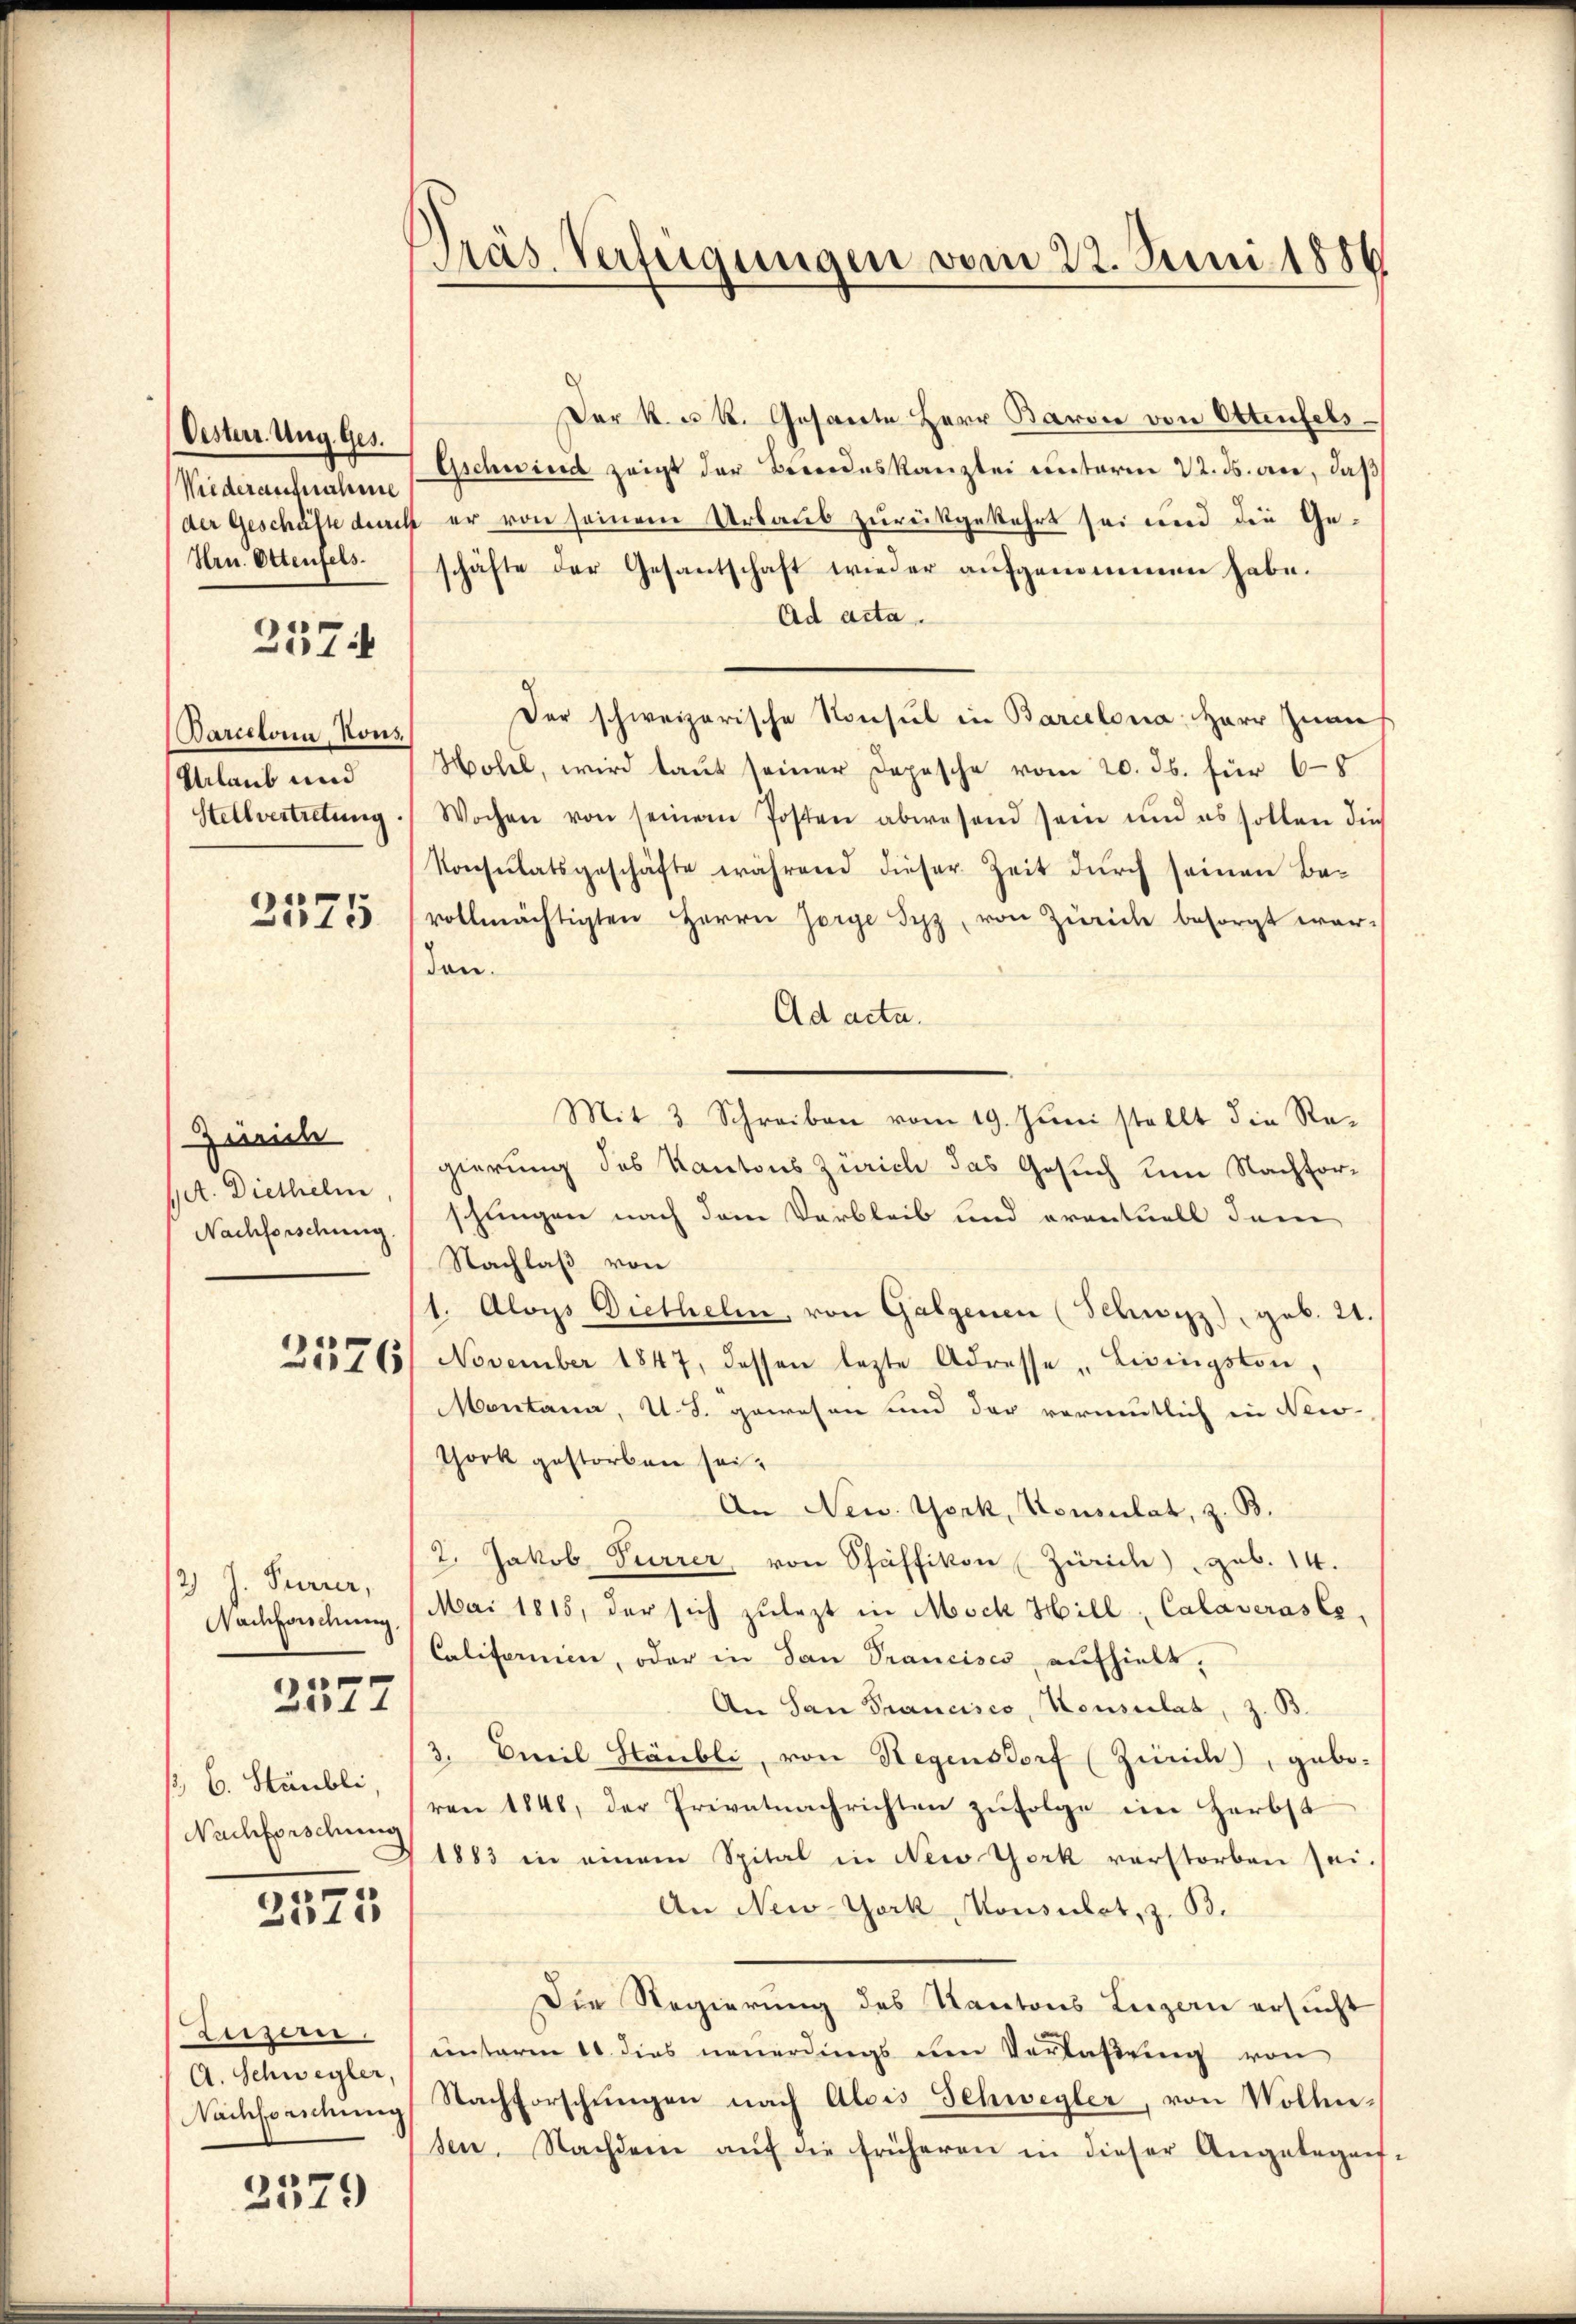
Oesterr. Ung. Ges.
Wiederausnahme
Hrn. Ottenfels

2574

Barcelona, Kons.
Urlaub und
Stellvertretung

3575

Zürich
/A. Diethelm,
Nachforschung.

2576

2) J. Furrer,
Nachforschung.

2577

3, 6. Stäubli,
Nachforschung

2573

Luzern.
A. Schwegler,
Nachforschung

2579

Präs. Verfügungen vom 22. Juni 1886

Der k. u. k. Gesante Herr Baron von Ottenfels
Gschwind zeigt der Berordeskanzlei unterm 22. ds. an, daß
der Geschäfte durch er von seinem Urlaub zurückgekehrt sei und die Geschäfte der Gesantschaft wieder aŭfgenommen habe.
Ad acta.
Der schweizerische Konsul in Barcelona, Herr Zwan
Hotel, wird laut seiner Depesche vom 20. ds. für 6-5
Wochen von seinem Posten abwesend sein und es sollen dies
Konsulatsgeschäfte während dieser Zeit durch seinen Bevollmächtigten Herrn Zorge Syz, von Zürich besorgt wer-
den.
Ad acta.
Mit 3 Schreiben vom 19. Juni stellt die Re-
gierung des Kantons Zürich das Gesuch um Nachforschungen nach dem Verbleib und eventuell dann
Nachlaß von
1. Aloys Diethelm, von Galgenen (Schwyz), geb. 21.
November 1847, dessen lezte Adresse „Lisingston,
Montana, A. S. gewesen und der vormutlich in New-
Thork gestorben sei.
An New York, Konsulat, z. B.
2. Jakob Furrer, von Stäffikon (Zürich), geb. 14.
Mai 1815, der sich zulezt in Mock Hill, Calaveras es,
Californien, oder in San Prancisco, aufhielt.
An San Francisco, Heusulat, z. B.
3. Emil Stäubli, von Regensdorf (Zürich, gebo-
ren 1846, der Privatnachrichten zufolge im Herbst
1883 in einem Spital in New York verstorben sei.
An New-York Monsulat, z. B.
Die Regierung des Kantons Luzern ersucht
unterm 10. dies neuerdings den Verlaßung von
Nachforschungen nach Alois Schwegler, von Vollsen. Nachdem aŭf die früheren in dieser Angabegeif-